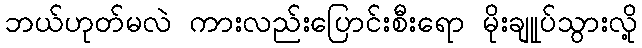
ဘယ်ဟုတ်မလဲ ကားလည်းပြောင်းစီးရော မိုးချုုပ်သွားလို့